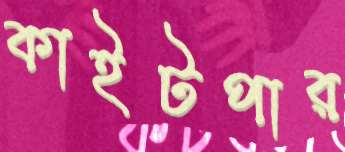
কাইটপার